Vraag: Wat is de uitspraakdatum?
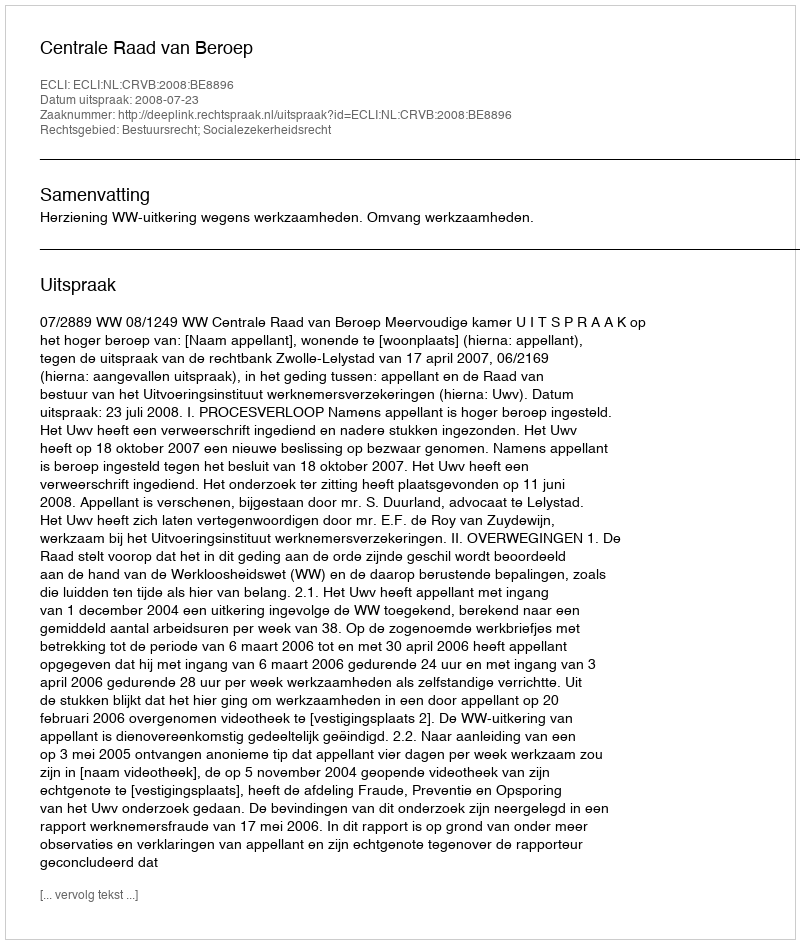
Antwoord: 2008-07-23